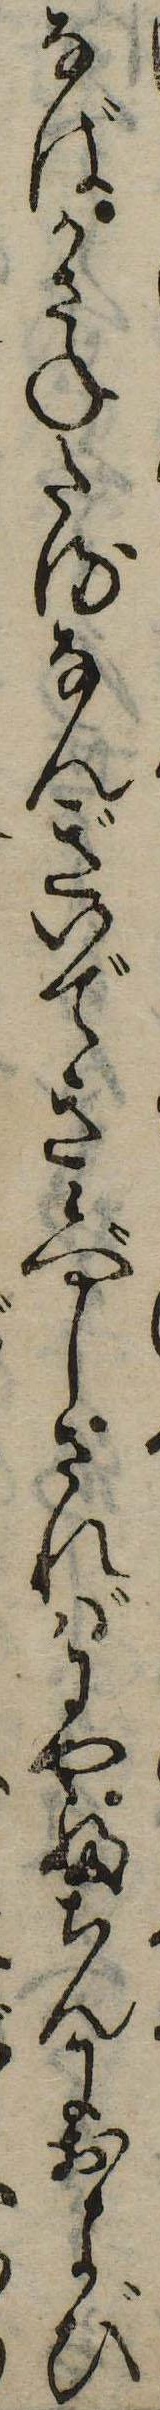
なばかさねたるなんぎいでき候べしさればにやふちんにおよび